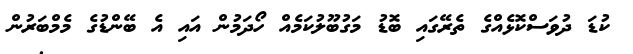
ކުޑަ ދުވަސްކޮޅެއްގެ ތެރޭގައި ބޮޑު މަގުބޫލުކަމެއް ހޯދަމުން އައި އެ ބޭންޑުގެ މެމްބަރުން